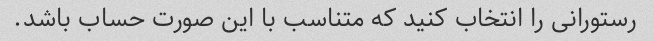
رستورانی را انتخاب کنید که متناسب با این صورت حساب باشد.